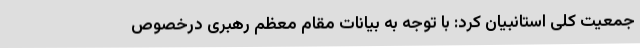
جمعیت کلی استانبیان کرد: با توجه به بیانات مقام معظم رهبری درخصوص